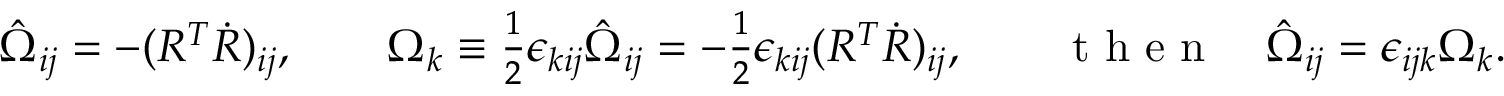
\begin{array} { r } { \hat { \Omega } _ { i j } = - ( R ^ { T } \dot { R } ) _ { i j } , \qquad \Omega _ { k } \equiv \frac 1 2 \epsilon _ { k i j } \hat { \Omega } _ { i j } = - \frac 1 2 \epsilon _ { k i j } ( R ^ { T } \dot { R } ) _ { i j } , \qquad \mathrm { ~ t ~ h ~ e ~ n ~ } \quad \hat { \Omega } _ { i j } = \epsilon _ { i j k } \Omega _ { k } . } \end{array}